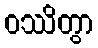
ဝဿိတွာ